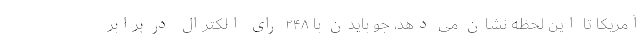
آمریکا تا این لحظه نشان می دهد، جو بایدن با ۲۴۸ رای الکترال در برابر